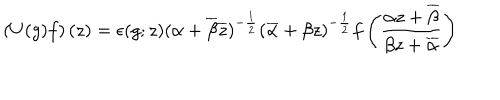
\left( U ( g ) f \right) ( z ) = \epsilon ( g ; z ) ( \alpha + \overline { { { \beta } } } \overline { { { z } } } ) ^ { - \frac { 1 } { 2 } } ( \overline { { { \alpha } } } + \beta z ) ^ { - \frac { 1 } { 2 } } f \left( \frac { \alpha z + \overline { { { \beta } } } } { \beta z + \overline { { { \alpha } } } } \right)